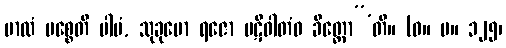
ဗာလံ ပစ္စေတိ ပါပံ, သုခုမော ရဇော ပဋိဝါတံဝ ခိတ္တော”’တိ။ (ဓ။ ပ။ ၁၂၅၊